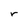
Character: r